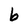
Character: b